Indian journal of veterinary science and animal husbandry - Volume 11,
Year: 1941
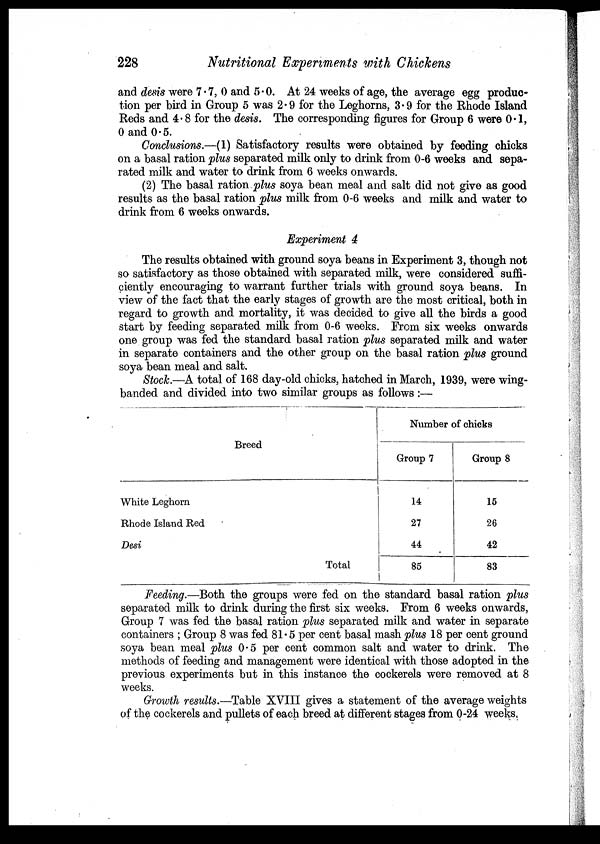
228
Nutritional Experiments with Chickens
and desis were 7.7, 0 and 5.0. At 24 weeks of age, the average egg produc-
tion per bird in Group 5 was 2.9 for the Leghorns, 3.9 for the Rhode Island
Reds and 4. 8 for the desis. The corresponding figures for Group 6 were 0.1,
0 and 0.5.
Conclusions.—(1) Satisfactory results were obtained by feeding chicks
on a basal ration plus separated milk only to drink from 0-6 weeks and sepa-
rated milk and water to drink from 6 weeks onwards.
(2) The basal ration plus soya bean meal and salt did not give as good
results as the basal ration plus milk from 0-6 weeks and milk and water to
drink from 6 weeks onwards.
Experiment 4
The results obtained with ground soya beans in Experiment 3, though not
so satisfactory as those obtained with separated milk, were considered suffi-
ciently encouraging to warrant further trials with ground soya beans. In
view of the fact that the early stages of growth are the most critical, both in
regard to growth and mortality, it was decided to give all the birds a good
start by feeding separated milk from 0-6 weeks. From six weeks onwards
one group was fed the standard basal ration plus separated milk and water
in separate containers and the other group on the basal ration plus ground
soya bean meal and salt.
Stock.—A total of 168 day-old chicks, hatched in March, 1939, were wing-
banded and divided into two similar groups as follows:—
Breed
White Leghorn
Rhode Island Red
Desi
Total
Number of chicks
Group 7
14
27
44
85
Group 8
15
26
42
83
Feeding.—Both the groups were fed on the standard basal ration plus
separated milk to drink during the first six weeks. From 6 weeks onwards,
Group 7 was fed the basal ration plus separated milk and water in separate
containers ; Group 8 was fed 81 . 5 per cent basal mash plus 18 per cent ground
soya bean meal plus 0.5 per cent common salt and water to drink. The
methods of feeding and management were identical with those adopted in the
previous experiments but in this instance the cockerels were removed at 8
weeks.
Growth results.—Table XVIII gives a statement of the average weights
of the cockerels and pullets of each breed at different stages from 0-24 weeks